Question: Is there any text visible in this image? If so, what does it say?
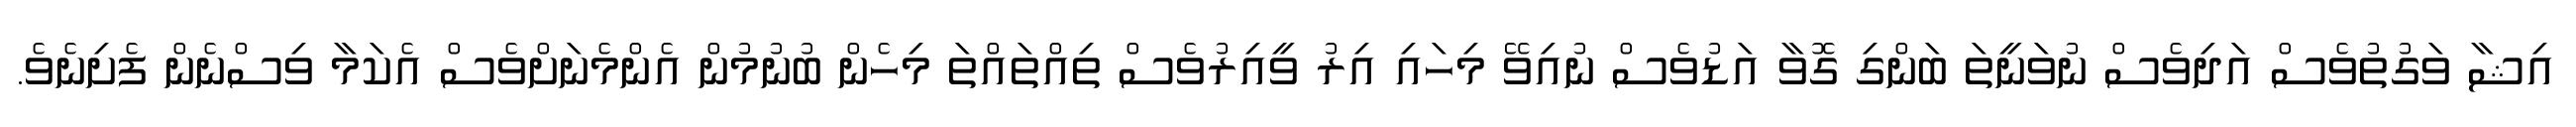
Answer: އިޝާ ވަގުތުވެސް އަދިވެސް ނުވަނީތަ ބަންގި ގޮވާ އަޑުވެސް ނުއިވޭ މިހައި އިރު ވީއިރުވެސް ތިއްތައްތަ މިހެން ބުނުމުން އެންމެނަށްވެސް އެކަމާ ވިސްނެން ފެށިނެވެ.